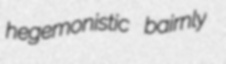
hegemonistic bairnly